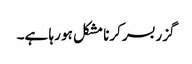
گزربسر کرنا مشکل ہو رہا ہے۔